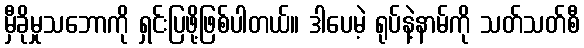
မှီခိုမှုသဘောကို ရှင်းပြဖို့ဖြစ်ပါတယ်။ ဒါပေမဲ့ ရုပ်နဲ့နာမ်ကို သတ်သတ်စီ